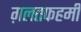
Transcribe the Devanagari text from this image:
ग़लतफहमी